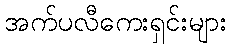
အက်ပလီကေးရှင်းများ